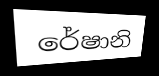
රේෂානි